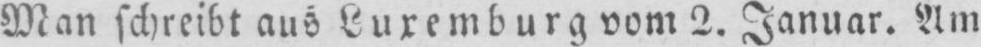
Man schreibt aus Luxemburg vom 2. Januar. Am